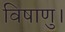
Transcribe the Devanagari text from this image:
विषाणु।